Problem: 29 + 36 = ?
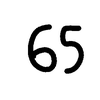
Handwritten answer: 65